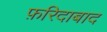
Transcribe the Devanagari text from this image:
फ़रिदाबाद